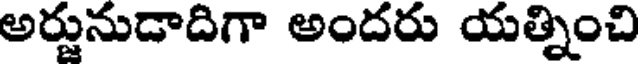
అర్జునుడాదిగా అందరు యత్నించి